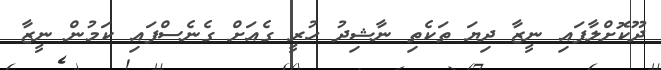
ދޫކޮށްލާފައި ނީޒާ ދިޔަ ތަކެތި ނާޝިދު ހުރީ ގެއަށް ގެނެސްފައި ކަމުން ނީޒާ